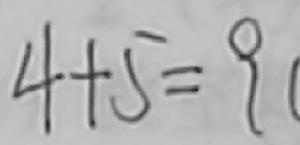
4 + 5 = 9